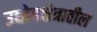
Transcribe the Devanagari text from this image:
उद्योगक्षेत्रातील